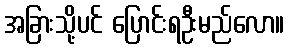
အခြားသို့ပင် ပြောင်းရဦးမည်လော။